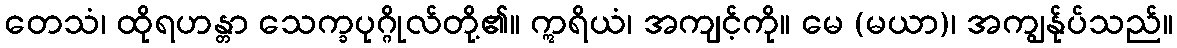
တေသံ၊ ထိုရဟန္တာ သေက္ခပုဂ္ဂိုလ်တို့၏။ ဣရိယံ၊ အကျင့်ကို။ မေ (မယာ)၊ အကျွန်ုပ်သည်။